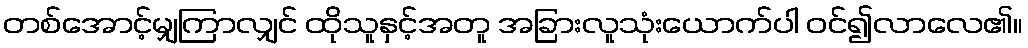
တစ်အောင့်မျှကြာလျှင် ထိုသူနှင့်အတူ အခြားလူသုံးယောက်ပါ ဝင်၍လာလေ၏။